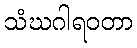
သံဃဂါရဝတာ